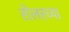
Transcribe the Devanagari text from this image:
रोलरच्या